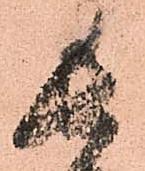
長